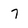
Character: 7